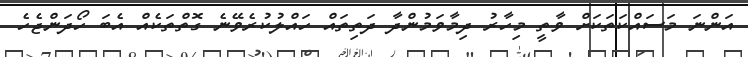
އަންނަ މަސައްކަތަކަށް ވާތީ މިހާރު ދިމާވަމުންދާ ދަތިތައް ހައްލުކުރެވޭނެ ގޮތްތަކެއް އެބަ ހޯދަންޖެހެ